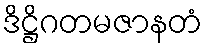
ဒိဋ္ဌိဂတမဇာနတံ